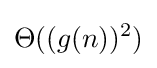
\Theta ((g(n))^{2})